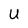
Character: U